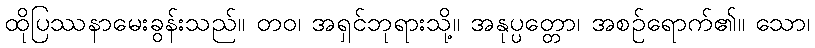
ထိုပြဿနာမေးခွန်းသည်။ တဝ၊ အရှင်ဘုရားသို့။ အနုပ္ပတ္တော၊ အစဉ်ရောက်၏။ သော၊